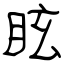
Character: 眩